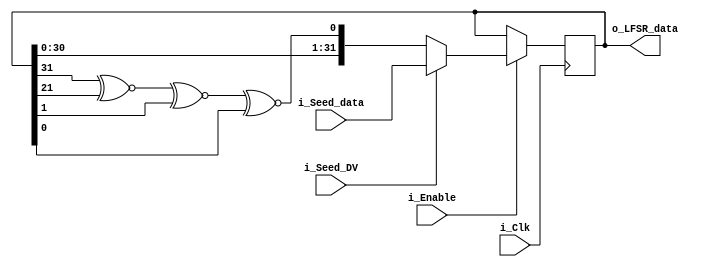
`timescale 1ns / 1ps
//////////////////////////////////////////////////////////////////////////////////
// Company: 
// Engineer: 
// 
// Design Name: 
// Module Name: LFSR
// Project Name: 
// Target Devices: 
// Tool Versions: 
// Description: 
// 
// Dependencies: 
// 
// Revision:
// Revision 0.01 - File Created
// Additional Comments:
// 
//////////////////////////////////////////////////////////////////////////////////


module LFSR(
    input i_Clk,
    input i_Enable,
    
    input i_Seed_DV,
//    input [15:0] i_Seed_data,
    input [31:0] i_Seed_data,
    
//    output [15:0] o_LFSR_data,
    output [31:0] o_LFSR_data
//    output o_LFSR_done
    );
    
//    reg [15:0] r_LFSR = 16'h00;
    reg [31:0] r_LFSR = 32'h0000;
    reg r_XNOR;
    reg r_LFSR_Done = 1'b0;
    
   // Purpose: Load up LFSR with Seed if Data Valid (DV) pulse is detected.
   // Othewise just run LFSR when enabled.
    always @(posedge i_Clk)
      begin
        if (i_Enable == 1'b1)
          begin
              if (i_Seed_DV == 1'b1)
                  r_LFSR <= i_Seed_data;
              else
//                  r_LFSR <= {r_LFSR[14:0], r_XNOR};
                  r_LFSR <= {r_LFSR[30:0], r_XNOR};
          end
       end
 
  // Create Feedback Polynomials.  Based on Application Note:
  // http://www.xilinx.com/support/documentation/application_notes/xapp052.pdf
    always @(*)
      begin
//        r_XNOR = r_LFSR[15] ^~ r_LFSR[14] ^~ r_LFSR[12] ^~ r_LFSR[3];
        r_XNOR = r_LFSR[31] ^~ r_LFSR[21] ^~ r_LFSR[1] ^~ r_LFSR[0];
                
//        if (r_LFSR == i_Seed_data)
//          begin
//            r_LFSR_Done = 1'b1;
//        end else begin
//            r_LFSR_Done = 1'b0;
//        end 
      end
    
    assign o_LFSR_data = r_LFSR;
    
//    assign o_LFSR_Done = (r_LFSR == i_Seed_data)? 1'b1 : 1'b0;
//    assign o_LFSR_Done = r_LFSR_Done;
    
endmodule